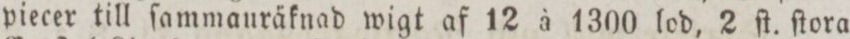
piecer till ſammauräknad wigt af 12 à 1300 lod, 2 ſt. ſtora